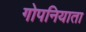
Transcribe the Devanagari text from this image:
गोपनियाता